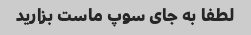
لطفا به جای سوپ ماست بزارید